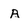
Character: A